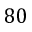
8 0